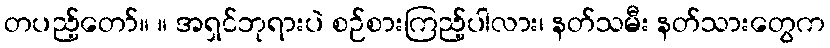
တပည့်တော်။ ။ အရှင်ဘုရားပဲ စဉ်စားကြည့်ပါလား၊ နတ်သမီး နတ်သားတွေက